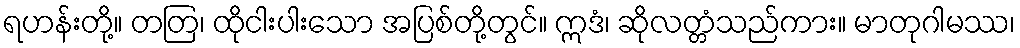
ရဟန်းတို့။ တတြ၊ ထိုငါးပါးသော အပြစ်တို့တွင်။ ဣဒံ၊ ဆိုလတ္တံသည်ကား။ မာတုဂါမဿ၊